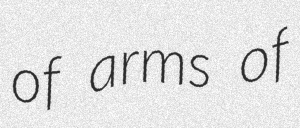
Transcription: of arms of